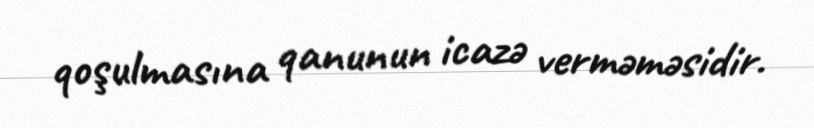
qoşulmasına qanunun icazə verməməsidir.